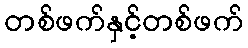
တစ်ဖက်နှင့်တစ်ဖက်